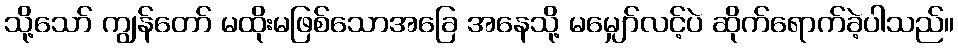
သို့သော် ကျွန်တော် မထိုးမဖြစ်သောအခြေ အနေသို့ မမျှော်လင့်ပဲ ဆိုက်ရောက်ခဲ့ပါသည်။